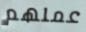
عملهم